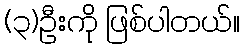
(၃)ဦးကို ဖြစ်ပါတယ်။